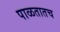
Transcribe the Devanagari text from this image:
पाळतातच